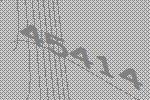
45414